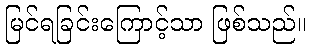
မြင်ရခြင်းကြောင့်သာ ဖြစ်သည်။